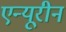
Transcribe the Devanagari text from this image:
एन्यूरीन